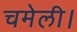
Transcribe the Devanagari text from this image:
चमेली।